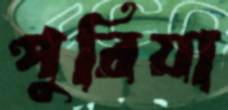
পুরিয়া